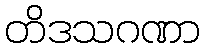
တိဒသဂဏာ